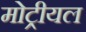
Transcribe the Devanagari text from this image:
मोट्रीयल